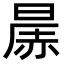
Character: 㬄